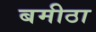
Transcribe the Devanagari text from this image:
बमीठा